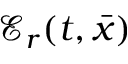
{ \mathcal E } _ { r } ( t , { \bar { x } } )